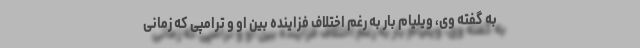
به گفته وی، ویلیام بار به رغم اختلاف فزاینده بین او و ترامپی که زمانی